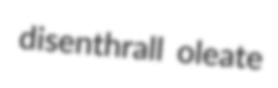
disenthrall oleate